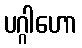
ပဂ္ဂါဟော